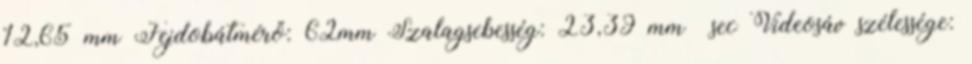
12,65 mm Fejdobátmérő: 62mm Szalagsebesség: 23,39 mm sec Videosáv szélessége: